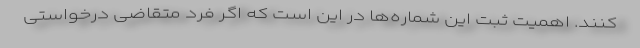
کنند. اهمیت ثبت این شماره‌ها در این است که اگر فرد متقاضی درخواستی